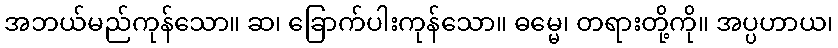
အဘယ်မည်ကုန်သော။ ဆ၊ ခြောက်ပါးကုန်သော။ ဓမ္မေ၊ တရားတို့ကို။ အပ္ပဟာယ၊